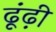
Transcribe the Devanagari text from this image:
ढूंढ़ी